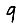
Digit: 9